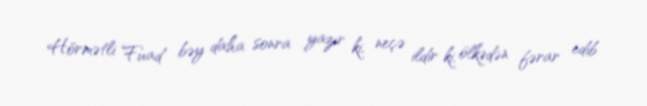
Hörmətli Fuad bəy daha sonra yazır ki, neçə ildir ki, ölkədən fərar edib